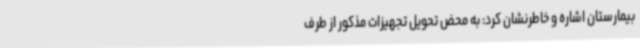
بیمارستان اشاره و خاطرنشان کرد: به محض تحویل تجهیزات مذکور از طرف